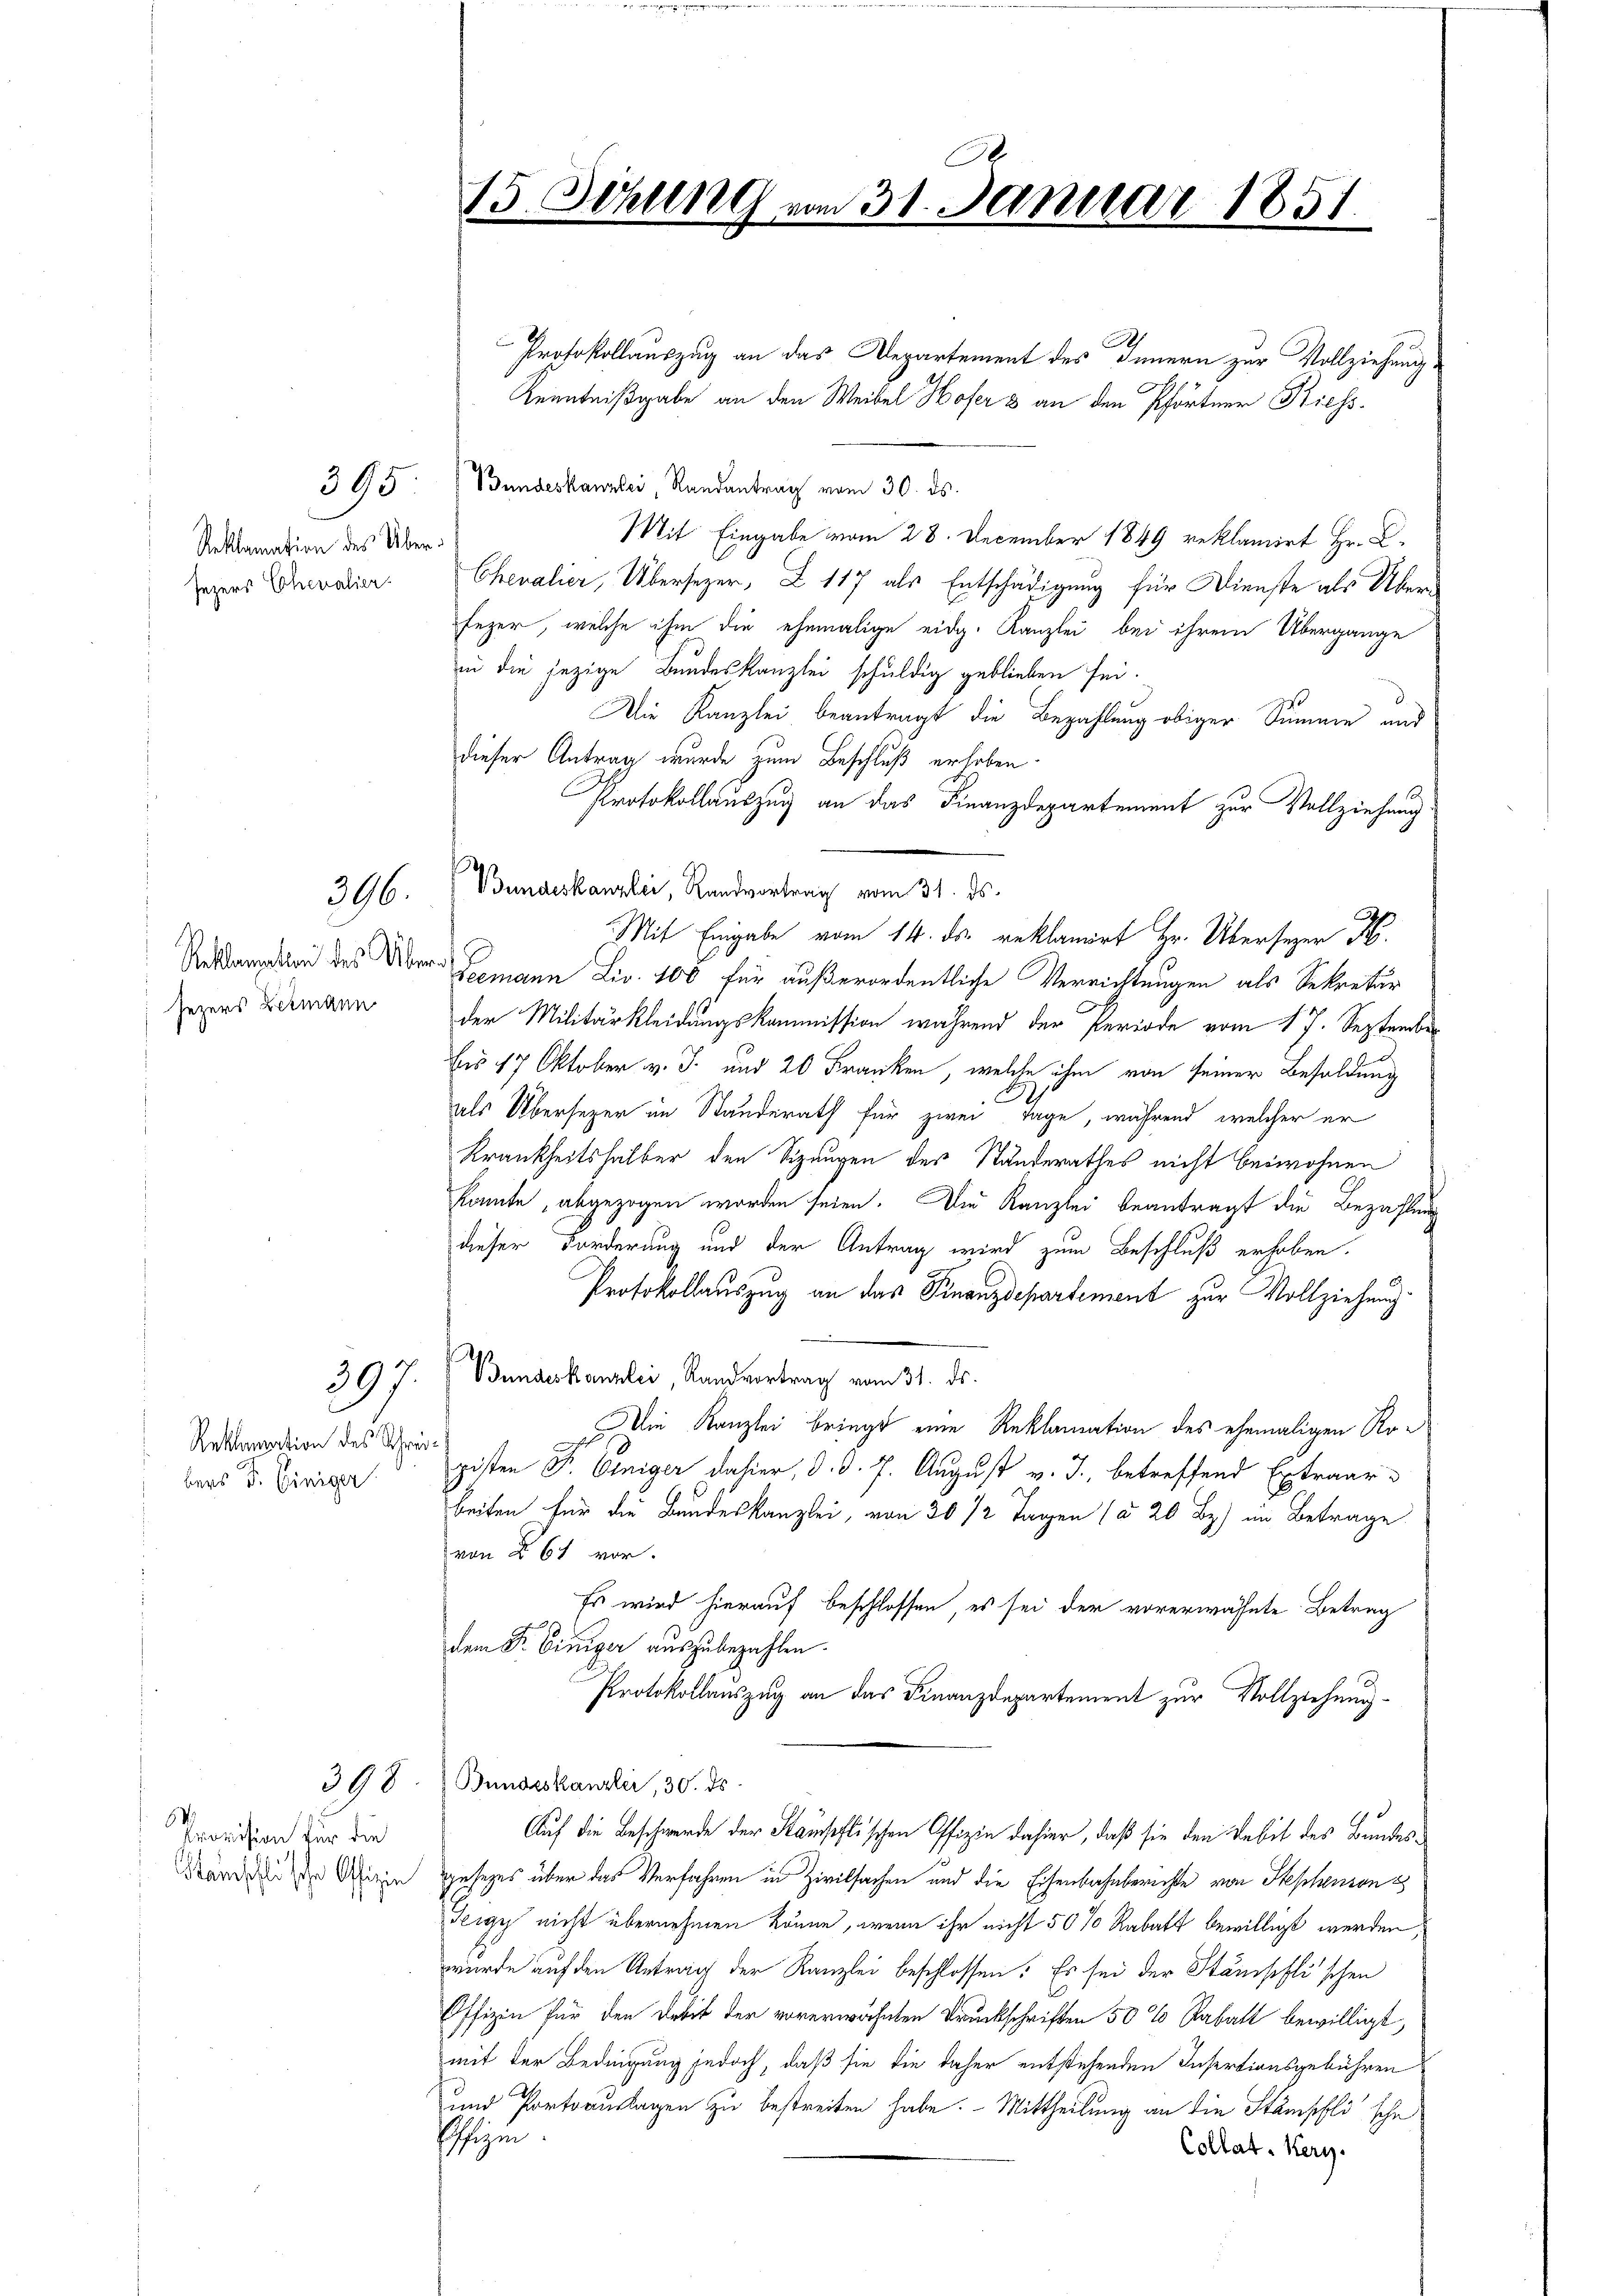
Reklamation des Über¬
Jezers Chevalier.

395.

396.

sezers Bermann

Reklamation des Schreibers d. Einiger

397

Provision für die
Kamschlische Offizie

390

0
15. Schli 189 vom 31. Januar 1851

.
Protokollauszug an das Departement des Innern zur Vollziehung.
Kenntnißgabe an den Weibel Hofer & an den Pförtner Kiess.
Bundeskanzlei Randantrag vom 30. ds.
Mit Eingabe vom 28. December 1849 reklamirt Hr. C.
Chevalier, Übersezer, Z 117 als Entschädigung für Dienste als Überfezer, welche ihm die ehemalige eidg. Kanzlei bei ihrem Übergange
in die jezige Bundeskanzlei schuldig geblieben sei.
Die Kanzlei beantragt die Bezahlung obiger Summe und
dieser Antrag wurde zum Beschluß erhoben.
Protokollauszug an das Finanzdepartement zur Vollziehung.
Vanerkanzlei, Verdankung
Mit Eingabe vom 14. ds. reklamirt Hr. Überser H
on des Über Seemann Liv. 100 für außerordentliche Verrichtungen als Sekretär
der Militärkleidungskommission während der Periode vom 17. September
bis 17 Oktober v. J. und 20 Franken, welche ihm von seiner Besoldung
2
als Übersezer im Standerath für zwei Tage, während, welcher er
Krankheitshalber den Sizangen des Standerathes nicht beiwohnen
konnte, abgezogen worden seien. Die Kanzlei beantragt die Bezahlung
dieser Forderung und der Antrag wird zum Beschluß erhoben,
Protokollauszug an das Finanzdepartement zur Vollziehung
Bundeskanzlei, Randvortrag vom 31. ds.
Die Kanzlei bringt eine Reklamation des ehemaligen Ropisten F. Einiger dahier, d. d. 7. August v. J., betreffend Extraar-
beiten für die Bundeskanzlei, von 30 /2 Tagen (§ 20 Bz) im Betrage
von § 61 vor.
Es wird hierauf beschlossen, es sei der vorerwähnte Betrag
dem Fr. Einiger auszubezahlen.
Protokollauszug an das Finanzdepartement zur Vollziehung¬
Bundeskanzlei, 30. ds.
Auf die Beschwerde der Stampflischen Offizin dahier, daß sie den Debit des Bundesgesetzes über das Verfahren in Zivilsachen und die Eisenbahnberichte von Stephensons
Figy nicht übernehmen könne, wenn ihr nicht 50% Rabatt bewilligt werden,
wurde auf den Antrag der Kanzlei beschlossen: Es sei der Stampflischen
Offizin für den Debit der vorerwähnten Druckschriften 50 % Rabatt bewilligt,
mit der Bedingung jedoch, daß sie die daher entstehenden Insertionsgebühren
und Portoauslagen zu bestreiten habe. Mittheilung an die Stämpfli sche
Pfizm
Collat Kery.